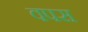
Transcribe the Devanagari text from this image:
वपस